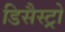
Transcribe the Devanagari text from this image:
डिसैस्ट्रो